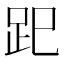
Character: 𧿆